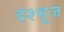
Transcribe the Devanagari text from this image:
दश्भूज